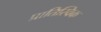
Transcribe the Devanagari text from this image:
प्रातिस्विक